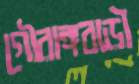
গৌরাঙ্গবাড়ী